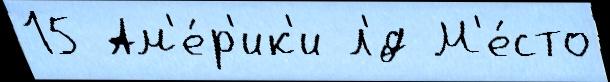
15 Ам'е́р'ик'и л'́д М'е́сто